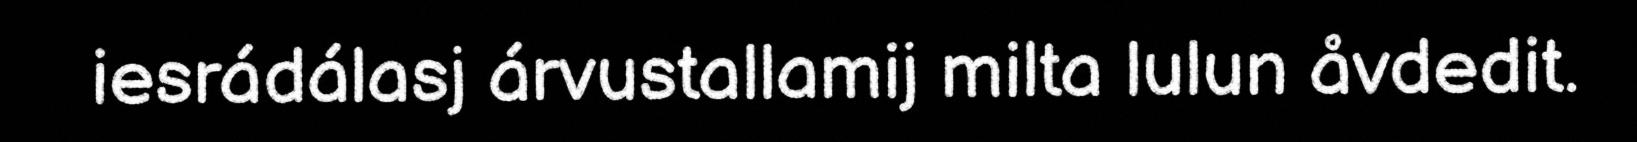
iesrádálasj árvustallamij milta lulun åvdedit.